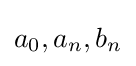
a_{0},a_{n},b_{n}